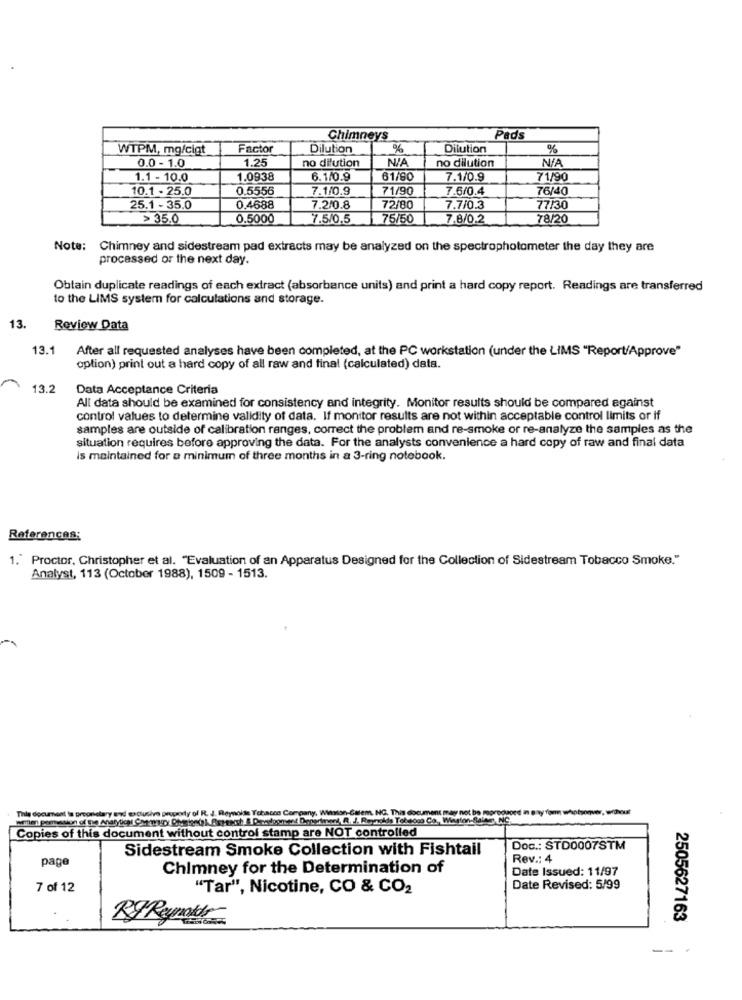
Chimneys
Pads
WTPM, mg/cigt
Factor
Dilution
%
Dilution
%
0.0 - 1.0
1.25
no dilution
no dilution
1.1 - 10.0
1.0938
6.1/0.9
61/90
7.1/0.9
71/90
10.1 - 25.0
0.5556
7.1/0.9
71/90
7.6/0.4
76/40
25.1 - 35.0
0.4688
7.2/0.8
72/80
7.7/0.3
77/30
> 35.0
0.5000
7.5/0.5
75/50
7.8/0.2
78/20
Note: Chimney and sidestream pad extracts may be analyzed on the spectrophotometer the day they are
processed or the next day.
Obtain duplicate readings of each extract (absorbance units) and print a hard copy report. Readings are transferred
to the LIMS system for calculations and storage.
13.
Review Data
13.1
After all requested analyses have been completed, at the PC workstation (under the LIMS "Report/Approve"
option) print out a hard copy of all raw and final (calculated) data.
13.2
Data Acceptance Criteria
All data should be examined for consistency and integrity. Monitor results should be compared against
control values to determine validity of data. If monitor results are not within acceptable control limits or if
samples are outside of calibration ranges, correct the problem and re-smoke or re-analyze the samples as the
situation requires before approving the data. For the analysts convenience a hard copy of raw and final data
is maintained for a minimum of three months in a 3-ring notebook.
References:
1." Proctor, Christopher et al. "Evaluation of an Apparatus Designed for the Collection of Sidestream Tobacco Smoke."
Analyst, 113 (October 1988), 1509 - 1513.
This document is proprietary and exclusive property of R. J. Reynolds Tobacco Company, Wanton-Gelem, NC. This document may not be reproduced in any for whohave,without
Copies of this document without control stamp are NOT controlled
Sidestream Smoke Collection with Fishtail
Doc .: STD0007STM
page
Rev .: 4
Chimney for the Determination of
Date Issued: 11/97
7 of 12
"Tar", Nicotine, CO & CO2
Date Revised: 5/99
2505627163
---